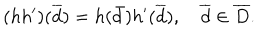
LaTeX: ( h h ^ { \prime } ) ( \overline { { { d } } } ) = h ( \bar { d } ) h ^ { \prime } ( \overline { { { d } } } ) , \quad \overline { { { d } } } \in \overline { { { D } } } .